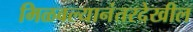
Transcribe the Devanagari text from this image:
मिळवल्यानंतरदेखील